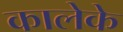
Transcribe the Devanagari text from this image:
कालेके